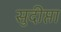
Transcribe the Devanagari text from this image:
सुदीप्ता